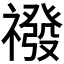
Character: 𮂛